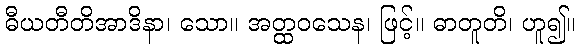
ဓီယတီတိအာဒိနာ၊ သော။ အတ္ထဝသေန၊ ဖြင့်။ ဓာတူတိ၊ ဟူ၍။